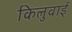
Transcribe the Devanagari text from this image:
किलुवाई